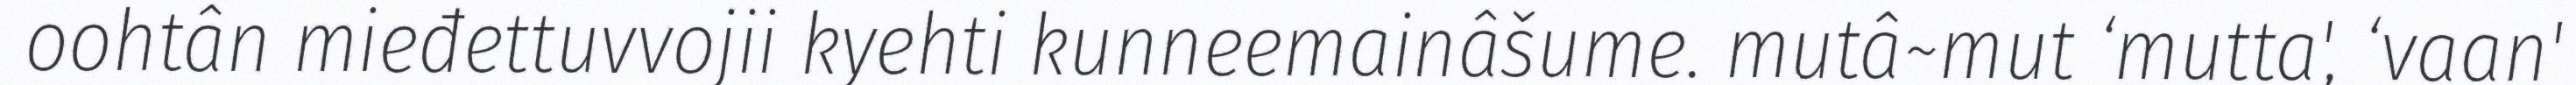
oohtân mieđettuvvojii kyehti kunneemainâšume. mutâ~mut ‘mutta', ‘vaan'